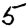
Digit: 5